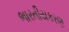
ભારતીયકરણ